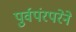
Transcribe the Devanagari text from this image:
पुर्वपंरपरेने